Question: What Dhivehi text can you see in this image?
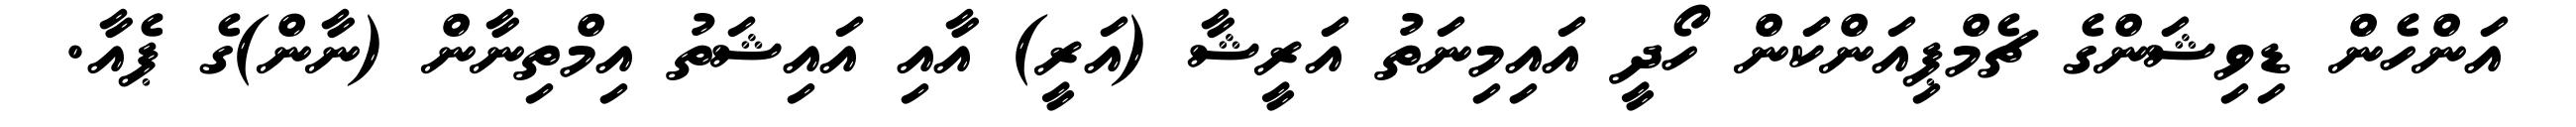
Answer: އަންހެން ޑިވިޝަންގެ ޗެމްޕިއަންކަން ހޯދީ އައިމިނަތު އަރީޝާ (އަރީ) އާއި އައިޝަތު އިމްތިނާން (ނާން)ގެ ޕެއާ.